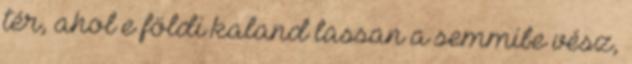
tér, ahol e földi kaland lassan a semmibe vész,